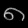
Digit: ၈